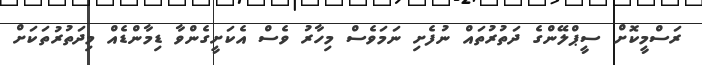
ރަަސްމީކޮށް ސީޕްލޭންގެ ދަތުރުތައް ނުފެށި ނަމަވެސް މިހާރު ވެސް އެކަށީގެންވާ ޑިމާންޑެއް މިދަތުރުތަކަށް